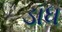
ડાધ